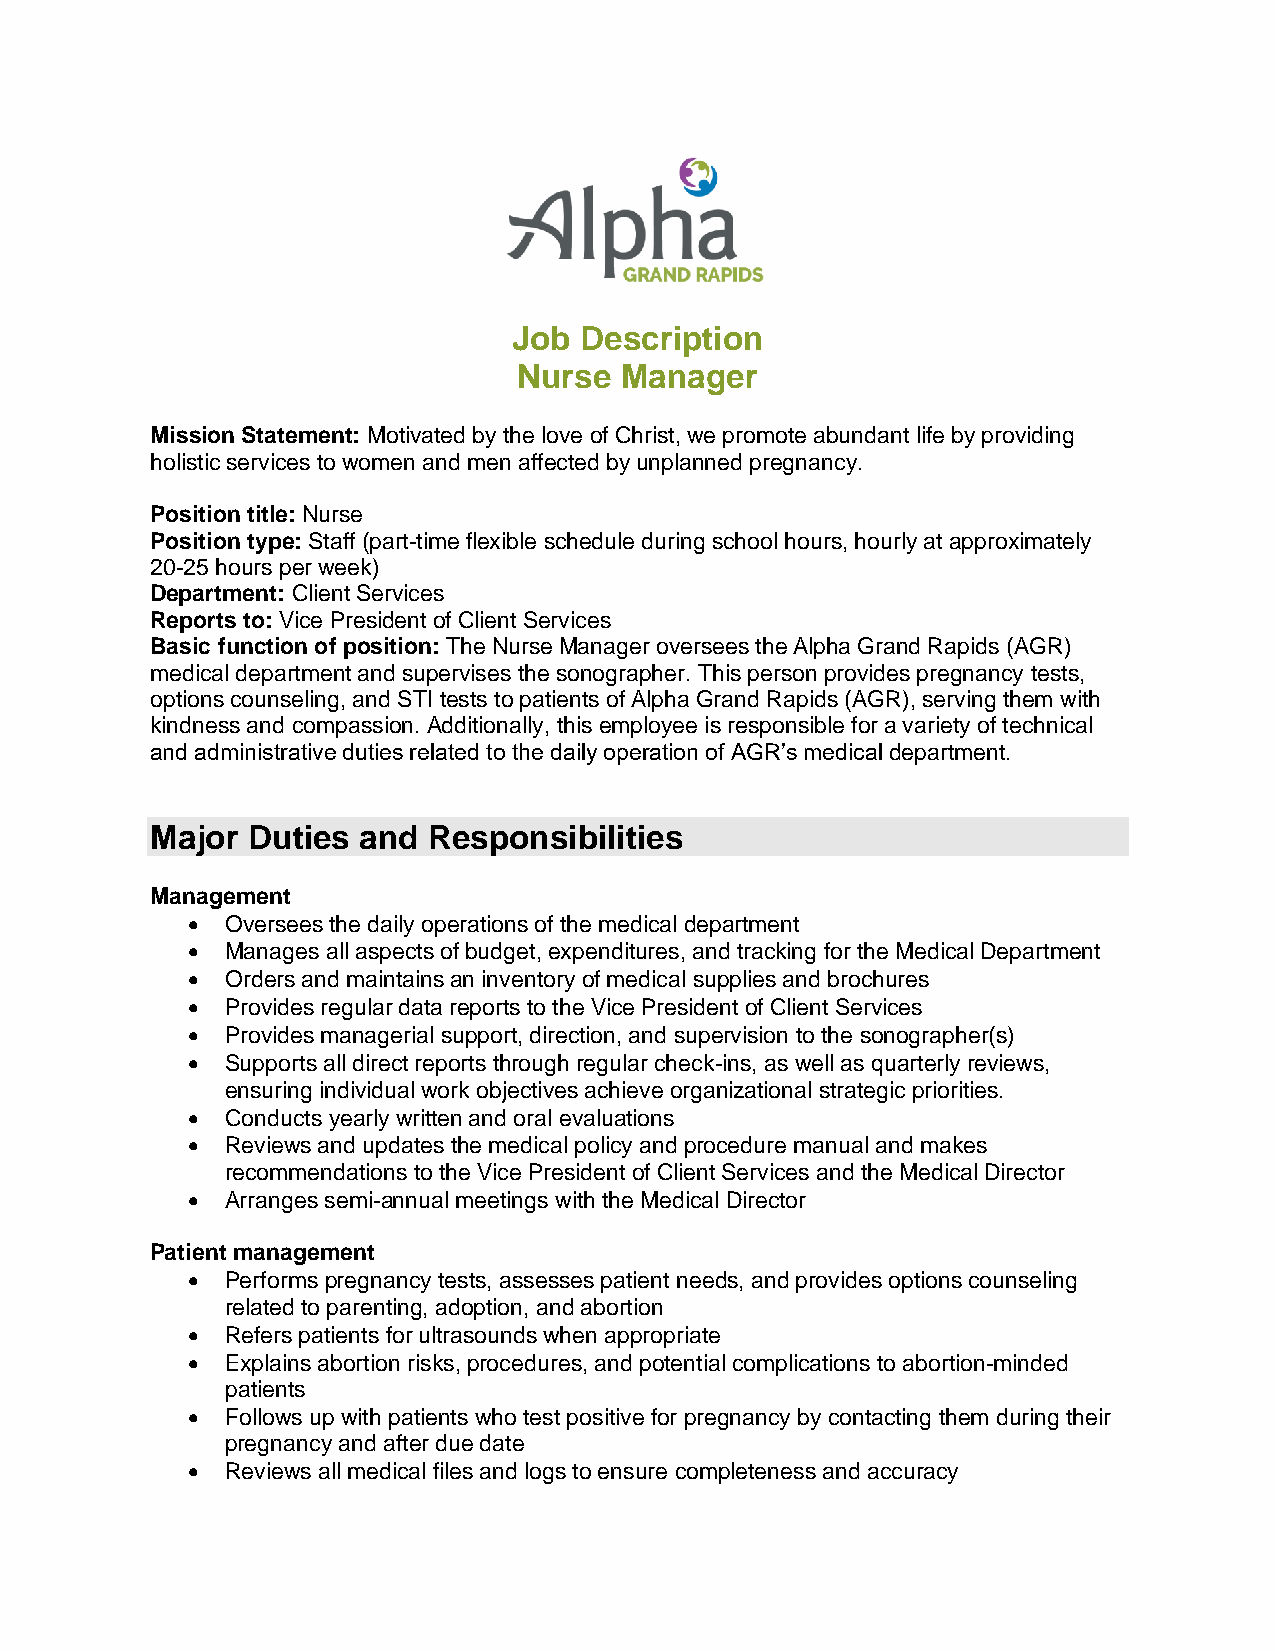
Job Description
 Nurse  Manager
 Mission Statement: Motivated by the love of Christ, we promote abundant life by providing
 holistic services to women and men affected by unplanned pregnancy.
 Position title: Nurse
 Position type: Staff (part-time flexible schedule during school hours, hourly at approximately
 20-25 hours per week)
 Department: Client Services
 Reports to: Vice President of Client Services
 Basic function of position: The Nurse Manager oversees the Alpha Grand Rapids (AGR)
 medical department and supervises the sonographer. This person provides pregnancy tests,
 options counseling, and STI tests to patients of Alpha Grand Rapids (AGR), serving them with
 kindness and compassion. Additionally, this employee is responsible for a variety of technical
 and administrative duties related to the daily operation of AGR’s medical department.
 Major Duties  and Responsibilities
 Management
 •  Oversees the daily operations of the medical department
 •  Manages all aspects of budget, expenditures, and tracking for the Medical Department
 •  Orders and maintains an inventory of medical supplies and brochures
 •  Provides regular data reports to the Vice President of Client Services
 •  Provides managerial support, direction, and supervision to the sonographer(s)
 •  Supports all direct reports through regular check-ins, as well as quarterly reviews,
 ensuring individual work objectives achieve organizational strategic priorities.
 •  Conducts yearly written and oral evaluations
 •  Reviews and updates the medical policy and procedure manual and makes
 recommendations to the Vice President of Client Services and the Medical Director
 •  Arranges semi-annual meetings with the Medical Director
 Patient management
 •  Performs pregnancy tests, assesses patient needs, and provides options counseling
 related to parenting, adoption, and abortion
 •  Refers patients for ultrasounds when appropriate
 •  Explains abortion risks, procedures, and potential complications to abortion-minded
 patients
 •  Follows up with patients who test positive for pregnancy by contacting them during their
 pregnancy and after due date
 •  Reviews all medical files and logs to ensure completeness and accuracy